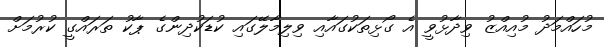
މުހައްމަދު މުއިއްޒު ވިދާޅުވީ އެ ގޯޅިތަކުގައާއި ވިލިމާލޭގައި ކުޑަކުދިންގެ ޕާކު ތަރައްގީ ކުރުމަށް